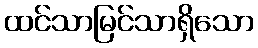
ထင်သာမြင်သာရှိသော